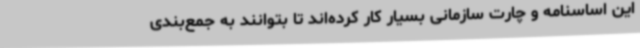
این اساسنامه و چارت سازمانی بسیار کار کرده‌اند تا بتوانند به جمع‌بندی